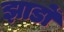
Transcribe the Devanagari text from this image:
झाडों